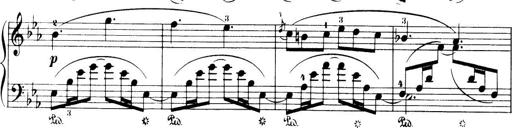
Title: 32 Sonatinas and Rondos for the Piano
Composer: Richard Kleinmichel